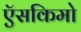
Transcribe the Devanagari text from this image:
ऍसकिमो